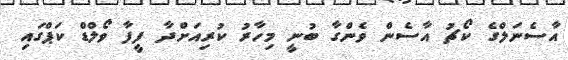
އާސެނަލްގެ ކޯޗު އާސެން ވެންގާ ބުނީ މިހާރު ކުރިއަށްދާ ފީފާ ވޯލްޑް ކަޕްގައި